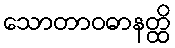
သောတာဝဓာနတ္ထိ